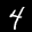
Label: 4